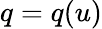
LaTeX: q=q(u)